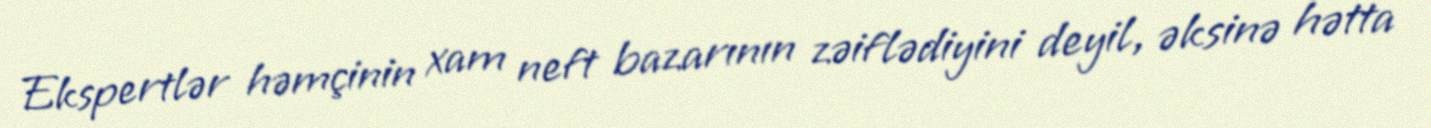
Ekspertlər həmçinin xam neft bazarının zəiflədiyini deyil, əksinə hətta